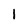
Character: 1